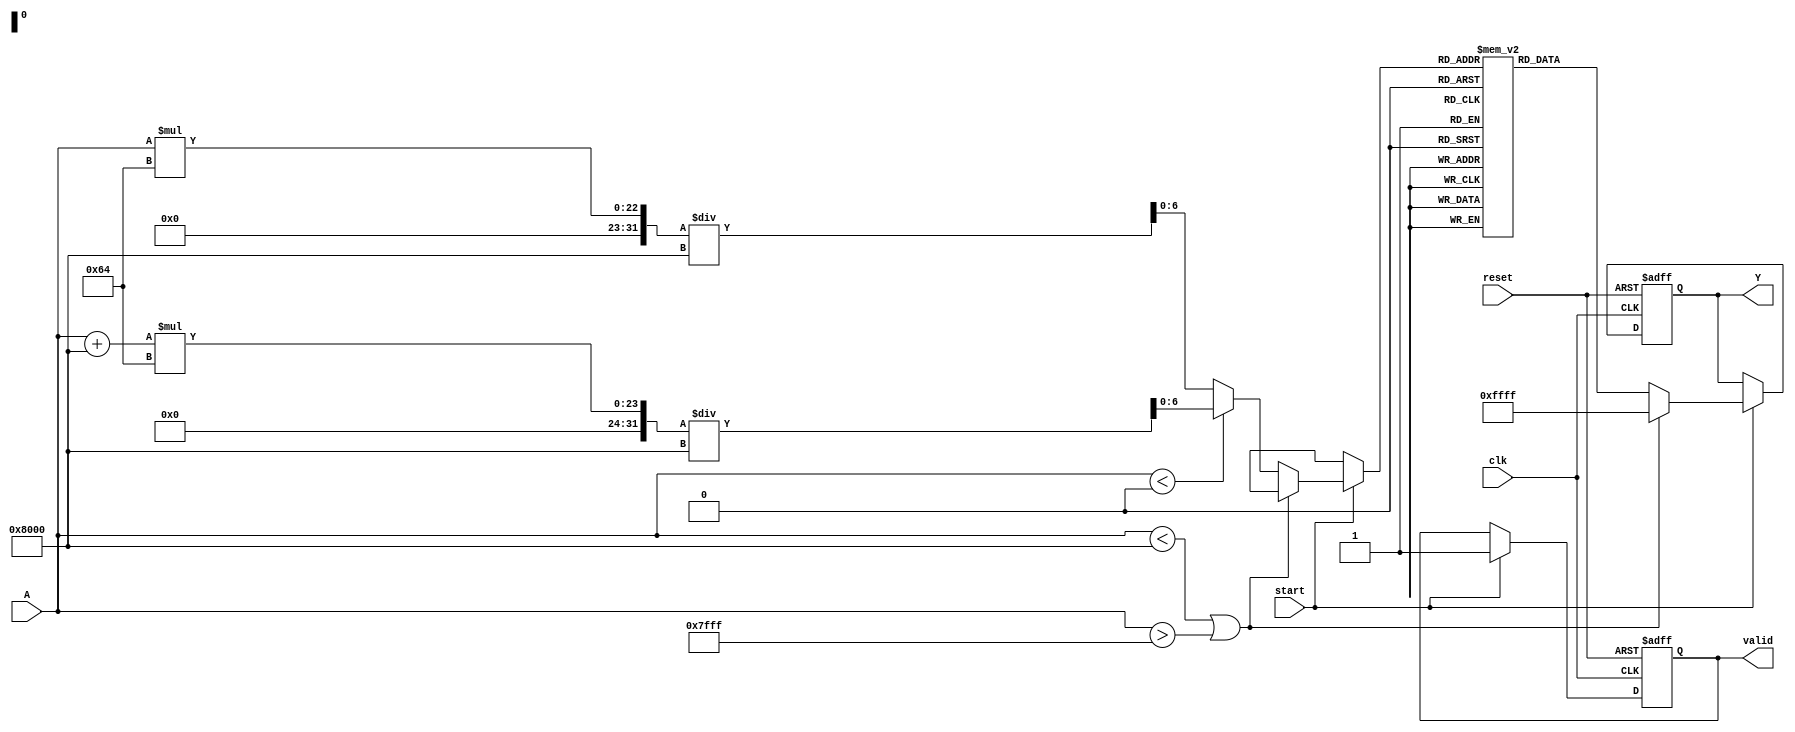
module acos_block (
    input wire [15:0] A,          // Input cosine value (fixed point, range: -1 to 1)
    input wire clk,               // Clock signal
    input wire reset,             // Reset signal
    input wire start,             // Start signal
    output reg [15:0] Y,          // Output angle in radians (fixed point)
    output reg valid              // Output valid signal
);

    // Lookup table for acos values (limited range, example values)
    reg [15:0] acos_lut [0:100]; // LUT with 101 entries for A in [-1, 1]
    reg [6:0] index;              // LUT index

    initial begin
        // Populate lookup table with precomputed acos values in radians
        acos_lut[0] = 16'h0000;   // acos(-1) = 0
        acos_lut[1] = 16'h3D90;   // acos(-0.9)  2.678
        acos_lut[2] = 16'h3C90;   // acos(-0.8)  2.498
        acos_lut[3] = 16'h3B20;   // acos(-0.7)  2.356
        // Continue filling the LUT with more values...
        acos_lut[100] = 16'h0000;  // acos(1) = 0
    end

    always @(posedge clk or posedge reset) begin
        if (reset) begin
            Y <= 16'h0000;          // Reset output
            valid <= 0;            // Reset valid signal
            index <= 7'd0;         // Reset index
        end else if (start) begin
            // Range check and compute corresponding index
            if (A < 16'h8000 || A > 16'h7FFF) begin // A < -1 or A > 1
                Y <= 16'hFFFF;      // Set error value
                valid <= 1;         // Output valid signal
            end else begin
                // Normalize input to range [0, 1] for LUT indexing
                if (A < 16'h0000) begin
                    index = (A + 16'h8000) * 100 / 16'h8000; // Scale to [0, 100]
                end else begin
                    index = A * 100 / 16'h8000; // Scale to [0, 100]
                end

                // Output corresponding acos value from LUT
                Y <= acos_lut[index];
                valid <= 1;            // Output valid signal
            end
        end
    end

endmodule